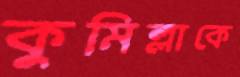
কুমিল্লাকে